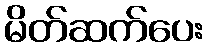
မိတ်ဆက်ပေး